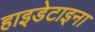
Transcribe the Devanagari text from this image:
हाइडेटाइना